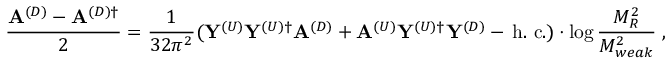
\frac { { \bf A } ^ { ( D ) } - { \bf A } ^ { ( D ) \dagger } } { 2 } = \frac { 1 } { 3 2 \pi ^ { 2 } } ( { \bf Y } ^ { ( U ) } { \bf Y } ^ { ( U ) \dagger } { \bf A } ^ { ( D ) } + { \bf A } ^ { ( U ) } { \bf Y } ^ { ( U ) \dagger } { \bf Y } ^ { ( D ) } - \, \mathrm { h . ~ c . } ) \cdot \log { \frac { M _ { R } ^ { 2 } } { M _ { w e a k } ^ { 2 } } } \; , \nonumber